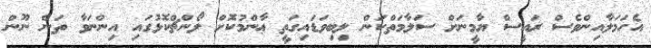
އެހަމަލާއިންވެސް ރައީސް ޔާމީނަށް ސަލާމަތްކަން ލިބިވަޑައިގަތީ ޢާންމުކޮށް ލޯންޗްކޮޅުގައި އިންނަވާ ތަން ނޫން